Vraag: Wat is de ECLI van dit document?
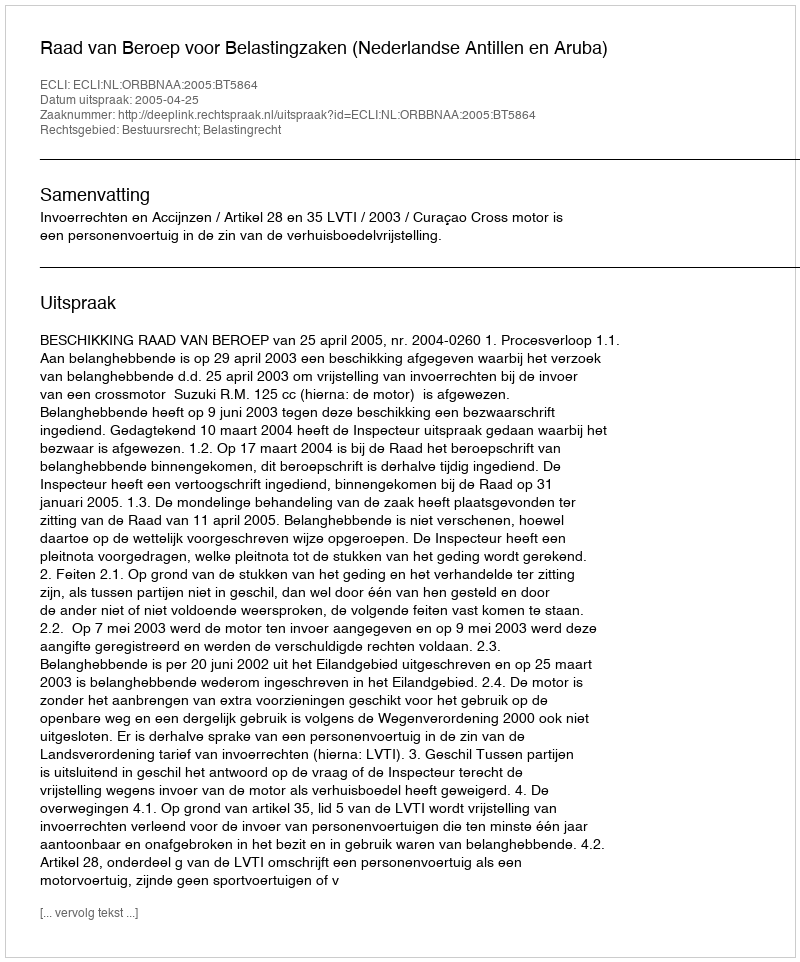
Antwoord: ECLI:NL:ORBBNAA:2005:BT5864